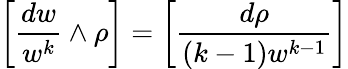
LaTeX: \left[{\frac{dw}{w^{k}}}\wedge\rho\right]=\left[{\frac{d\rho}{(k-1)w^{k-1}}}\right]